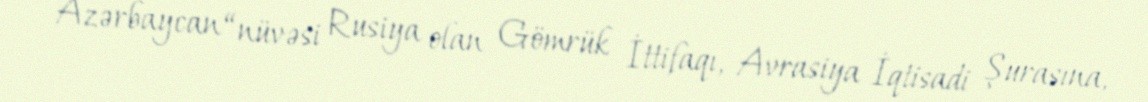
Azərbaycan “nüvəsi Rusiya olan Gömrük İttifaqı, Avrasiya İqtisadi Şurasına,